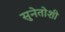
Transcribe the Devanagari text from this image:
सुनेतोशी